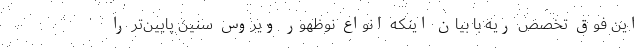
این فوق تخصص ریه با بیان اینکه انواع نوظهور ویروس سنین پایین‌تر را